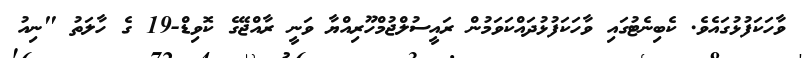
ވާހަކަފުޅުގައެވެ. ކެބިނެޓުގައި ވާހަކަފުޅުދައްކަވަމުން ރައީސުލްޖުމްހޫރިއްޔާ ވަނީ ރާއްޖޭގެ ކޮވިޑް-19 ގެ ހާލަތު "ނިއު